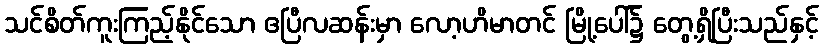
သင်စိတ်ကူးကြည့်နိုင်သော ဧပြီလဆန်းမှာ လော့ဟိမာတင် မြို့ပေါ်၌ တွေ့ရှိပြီးသည်နှင့်